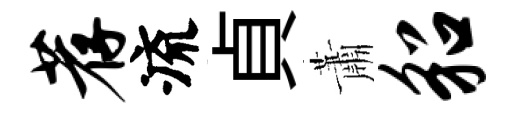
荐流貞蕭貂